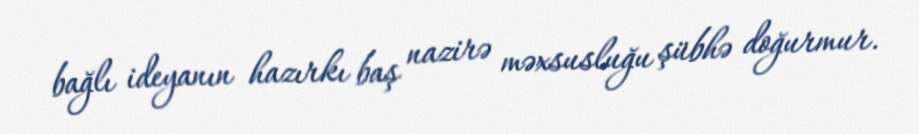
bağlı ideyanın hazırkı baş nazirə məxsusluğu şübhə doğurmur.